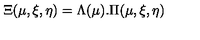
\Xi ( \mu , \xi , \eta ) = \Lambda ( \mu ) . \Pi ( \mu , \xi , \eta )